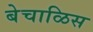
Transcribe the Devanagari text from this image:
बेचाळिस